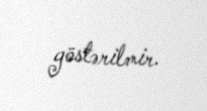
göstərilmir.